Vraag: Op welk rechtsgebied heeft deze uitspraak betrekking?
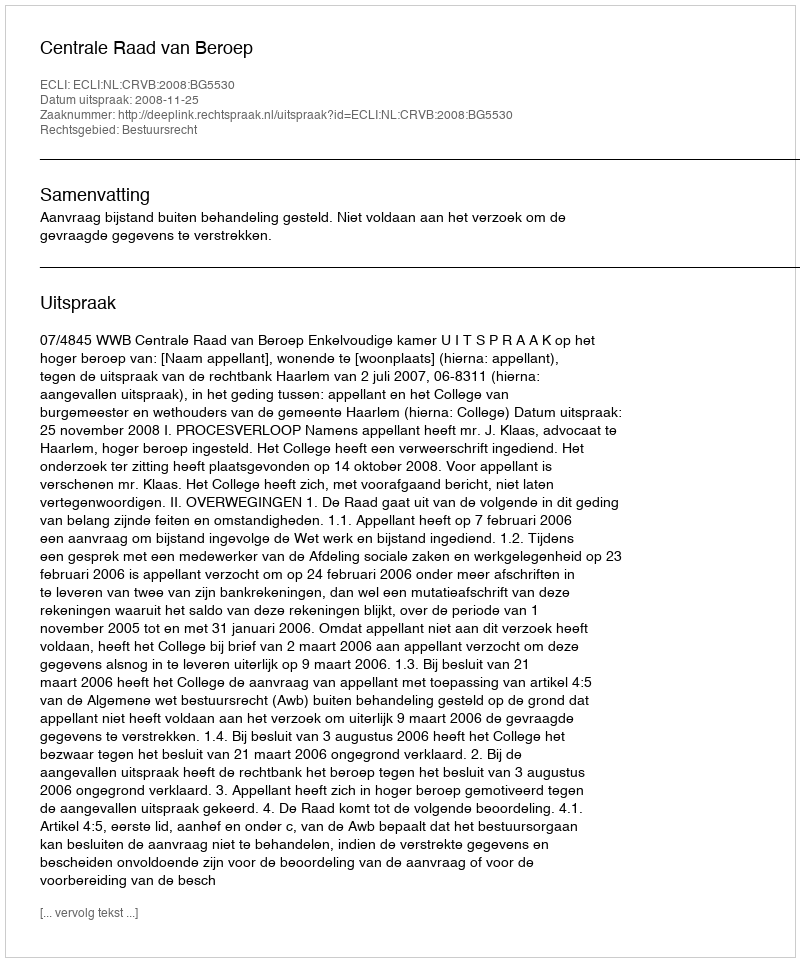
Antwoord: Bestuursrecht